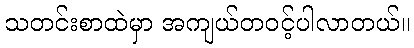
သတင်းစာထဲမှာ အကျယ်တဝင့်ပါလာတယ်။